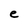
Character: e